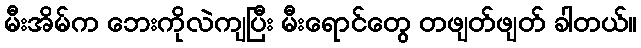
မီးအိမ်က ဘေးကိုလဲကျပြီး မီးရောင်တွေ တဖျတ်ဖျတ် ခါတယ်။